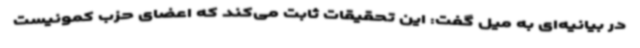
در بیانیه‌ای به میل گفت: این تحقیقات ثابت می‌کند که اعضای حزب کمونیست